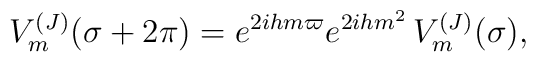
V_m^{(J)}(\sigma+2\pi ) =  e^{2ihm\varpi}e^{2ihm^2}\,V_m^{(J)}(\sigma),